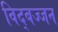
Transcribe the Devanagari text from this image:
विद्बज्जन